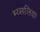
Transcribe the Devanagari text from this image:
म्य्सलिया